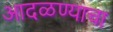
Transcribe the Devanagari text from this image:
आदळण्याचा